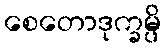
စေတောဒုက္ခမ္ပိ